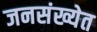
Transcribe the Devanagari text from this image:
जनसंख्येत